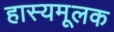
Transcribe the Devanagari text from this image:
हास्यमूलक